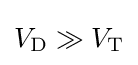
V_{\text{D}}\gg V_{\text{T}}